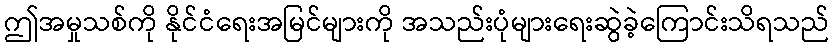
ဤအမှုသစ်ကို နိုင်ငံရေးအမြင်များကို အသည်းပုံများရေးဆွဲခဲ့ကြောင်းသိရသည်